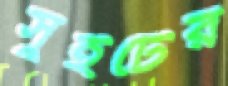
সুইটের